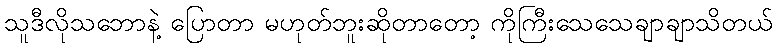
သူဒီလိုသဘောနဲ့ ပြောတာ မဟုတ်ဘူးဆိုတာတော့ ကိုကြီးသေသေချာချာသိတယ်